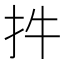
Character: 𢪧